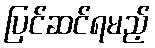
ပြင်ဆင်ရမည့်